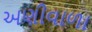
અણીવાળા